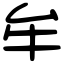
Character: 牟